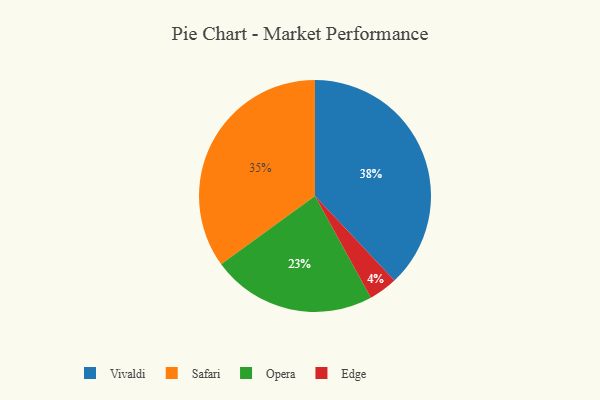
{"axis": {"x": "Category", "y": "Percentage"}, "legend": ["Edge", "Opera", "Safari", "Vivaldi"], "data": [{"x": "Safari", "y": 35, "type": "Safari"}, {"x": "Edge", "y": 4, "type": "Edge"}, {"x": "Opera", "y": 23, "type": "Opera"}, {"x": "Vivaldi", "y": 38, "type": "Vivaldi"}]}